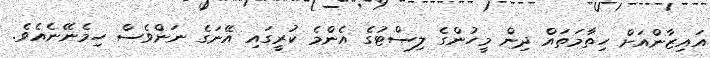
އައިޒާންއަށް ހިތާމަތައް ދިން މީހުންގެ ލިސްޓުގެ އެންމެ ކުރީގައި އޭނަގެ ނަންވެސް ހިމެނޭނެއެވެ.